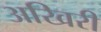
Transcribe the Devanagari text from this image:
अखिरी